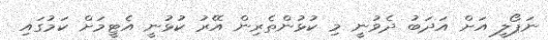
ނަޕޯލީ އަށް އަދަބު ދެވުނީ މި ކުޅުންތެރިން އޭރު ކުޅުނީ އެޓީމަށް ކަމުގައި